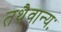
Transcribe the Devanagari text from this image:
तथैवान्यः